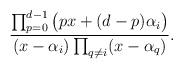
LaTeX: \begin{align*}\frac{\prod_{p=0}^{d-1}\big(p x+(d-p) \alpha_i\big)}{(x- \alpha_i)\prod_{q\neq i}(x- \alpha_q)}.\end{align*}